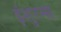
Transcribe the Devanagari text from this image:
इंशुरन्स